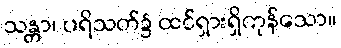
သန္တာ၊ ပရိသတ်၌ ထင်ရှားရှိကုန်သော။